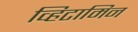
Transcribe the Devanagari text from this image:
व्हिटामिन